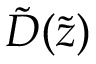
\Tilde { D } ( \Tilde { z } )